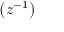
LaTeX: \left( z ^ { - 1 } \right)